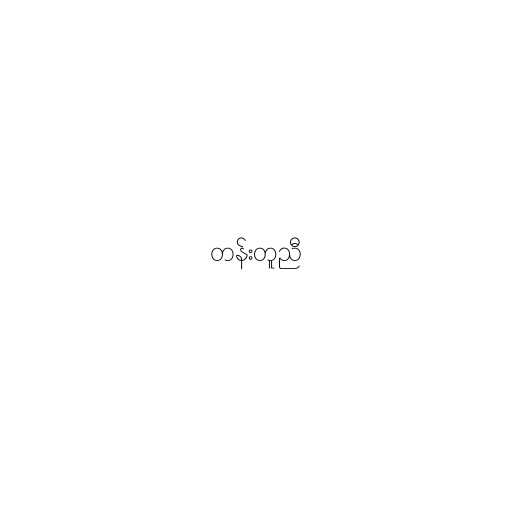
တန်းတူညီ